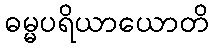
ဓမ္မပရိယာယောတိ